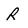
Character: R